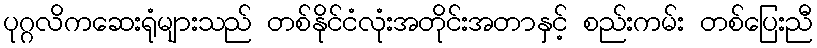
ပုဂ္ဂလိကဆေးရုံများသည် တစ်နိုင်ငံလုံးအတိုင်းအတာနှင့် စည်းကမ်း တစ်ပြေးညီ